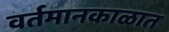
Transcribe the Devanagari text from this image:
वर्तमानकाळात